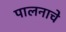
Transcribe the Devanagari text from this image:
पालनाचे